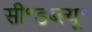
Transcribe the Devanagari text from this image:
सी॰डब्ल्यू॰